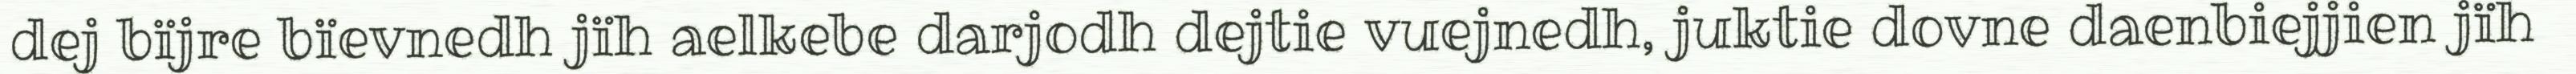
dej bïjre bïevnedh jïh aelkebe darjodh dejtie vuejnedh, juktie dovne daenbiejjien jïh